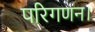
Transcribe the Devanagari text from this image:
परिगणन।